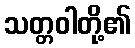
သတ္တဝါတို့၏